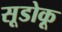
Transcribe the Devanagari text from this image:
सूडोकू